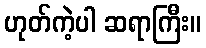
ဟုတ်ကဲ့ပါ ဆရာကြီး။